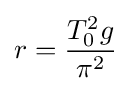
r={\frac {T_{0}^{2}g}{\pi ^{2}}}